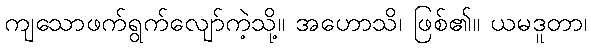
ကျသောဖက်ရွက်လျော်ကဲ့သို့။ အဟောသိ၊ ဖြစ်၏။ ယမဒူတာ၊